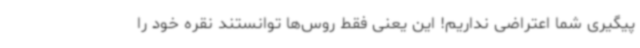
پیگیری شما اعتراضی نداریم! این یعنی فقط روس‌ها توانستند نقره خود را